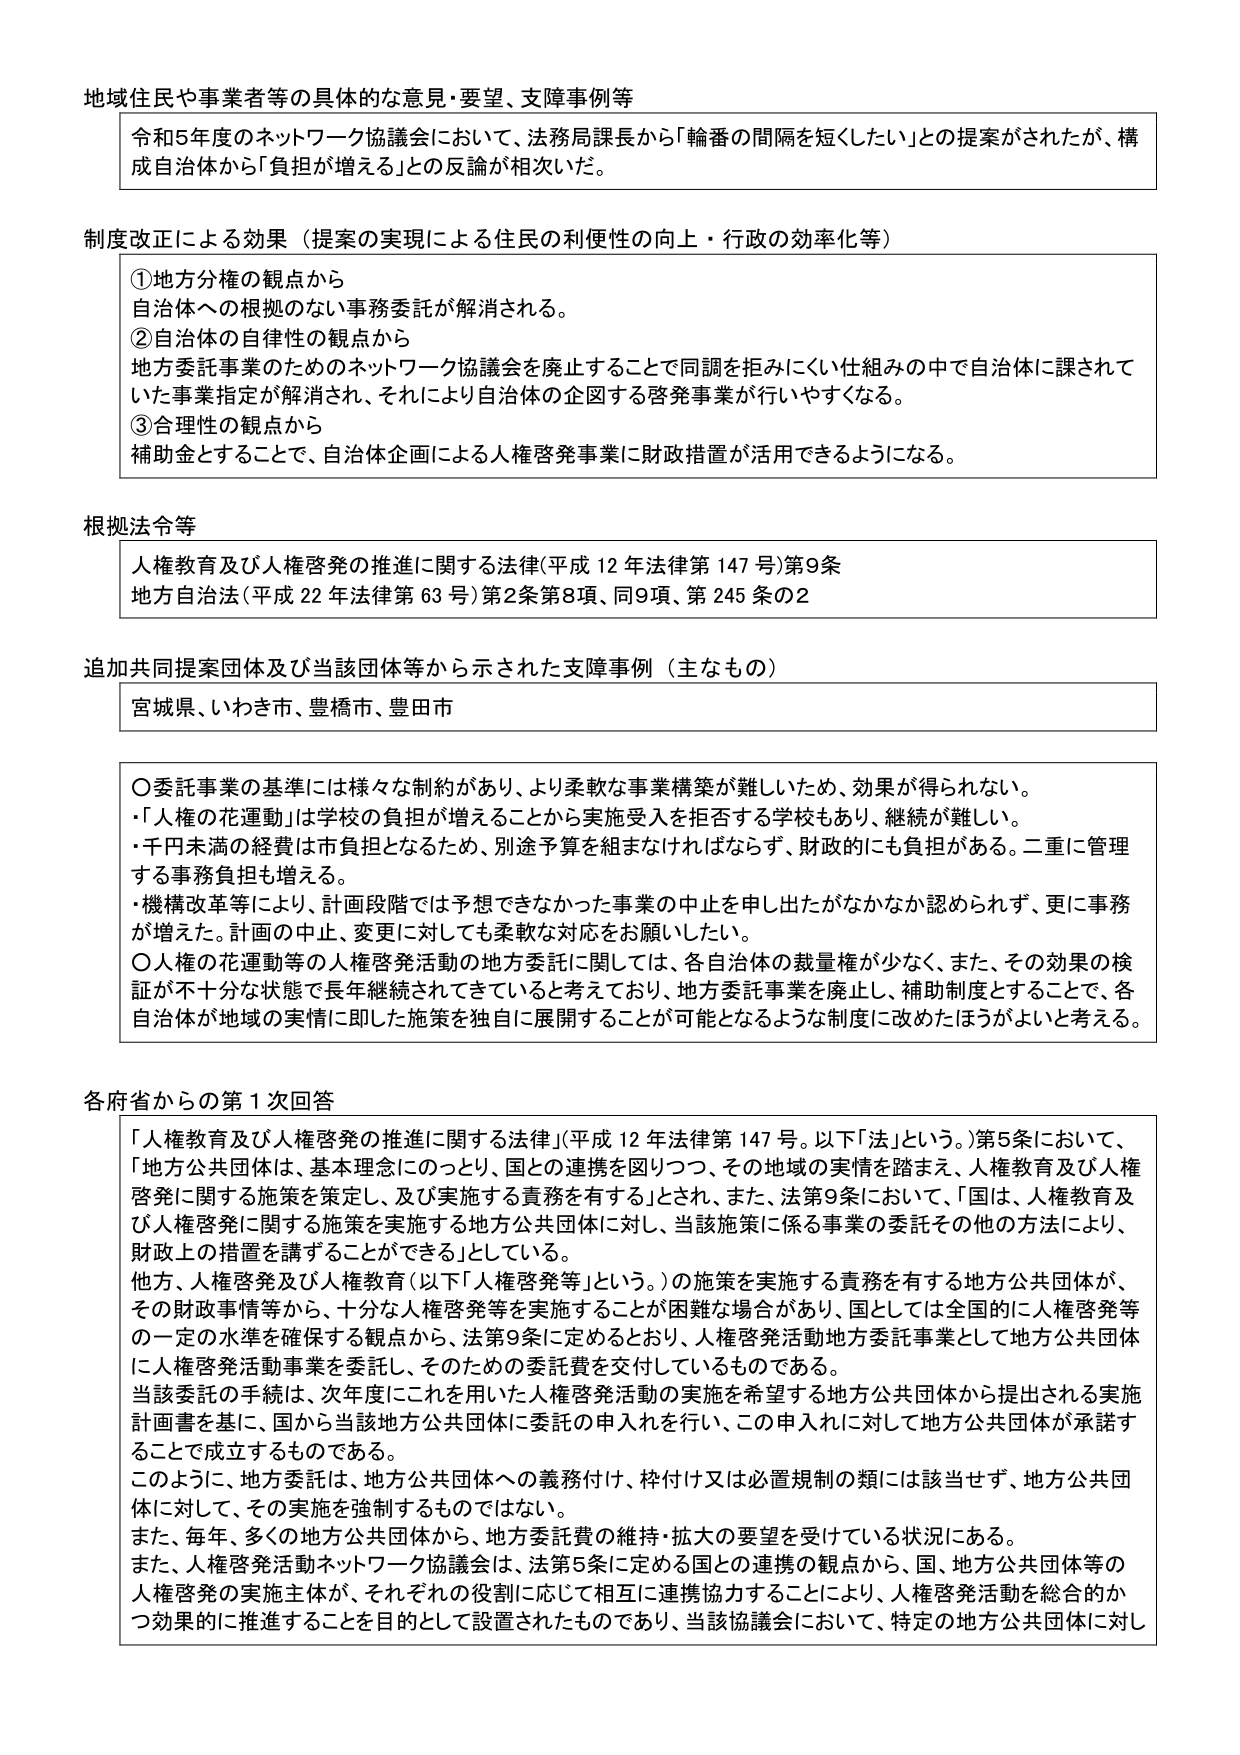
地域住民や事業者等の具体的な意見・要望、支障事例等
令和5年度のネットワーク協議会において、法務局課長から「輪番の間隔を短くしたい」との提案がされたが、構成自治体から「負担が増える」との反論が相次いだ。

制度改正による効果（提案の実現による住民の利便性の向上・行政の効率化等）
①地方分権の観点から
自治体への根拠のない事務委託が解消される。
②自治体の自律性の観点から
地方委託事業のためのネットワーク協議会を廃止することで同調を拒みにくい仕組みの中で自治体に課されていた事業指定が解消され、それにより自治体の企図する啓発事業が行いやすくなる。
③合理性の観点から
補助金とすることで、自治体企画による人権啓発事業に財政措置が活用できるようになる。

根拠法令等
人権教育及び人権啓発の推進に関する法律（平成12年法律第147号）第9条
地方自治法（平成22年法律第63号）第2条第8項、同9項、第245条の2

追加共同提案団体及び当該団体等から示された支障事例（主なもの）
宮城県、いわき市、豊橋市、豊田市

〇委託事業の基準には様々な制約があり、より柔軟な事業構築が難しいため、効果が得られない。
・「人権の花運動」は学校の負担が増えることから実施受入を拒否する学校もあり、継続が難しい。
・千円未満の経費は市負担となるため、別途予算を組まなければならず、財政的にも負担がある。二重に管理する事務負担も増える。
・機構改革等により、計画段階では予想できなかった事業の中止を申し出たがなかなか認められず、更に事務が増えた。計画の中止、変更に対しても柔軟な対応をお願いしたい。
〇人権の花運動等の人権啓発活動の地方委託に関しては、各自治体の裁量権が少なく、また、その効果の検証が不十分な状態で長年継続されてきていると考えており、地方委託事業を廃止し、補助制度とすることで、各自治体が地域の実情に即した施策を独自に展開することが可能となるような制度に改めたほうがよいと考える。

各府省からの第1次回答
「人権教育及び人権啓発の推進に関する法律」（平成12年法律第147号。以下「法」という。）第5条において、「地方公共団体は、基本理念にのっとり、国との連携を図りつつ、その地域の実情を踏まえ、人権教育及び人権啓発に関する施策を策定し、及び実施する責務を有する」とされ、また、法第9条において、「国は、人権教育及び人権啓発に関する施策を実施する地方公共団体に対し、当該施策に係る事業の委託その他の方法により、財政上の措置を講ずることができる」としている。
他方、人権啓発及び人権教育（以下「人権啓発等」という。）の施策を実施する責務を有する地方公共団体が、その財政事情等から、十分な人権啓発等を実施することが困難な場合があり、国としては全国的に人権啓発等の一定の水準を確保する観点から、法第9条に定めるところにより、人権啓発活動地方委託事業として地方公共団体に人権啓発活動事業を委託し、そのための委託費を交付しているものである。
当該委託の手続は、次年度にこれを用いた人権啓発活動の実施を希望する地方公共団体から提出される実施計画書を基に、国から当該地方公共団体に委託の申入れを行い、この申入れに対して地方公共団体が承諾することで成立するものである。
このように、地方委託は、地方公共団体への義務付け、枠付け又は必置規制の類には該当せず、地方公共団体に対して、その実施を強制するものではない。
また、毎年、多くの地方公共団体から、地方委託費の維持・拡大の要望を受けている状況にある。
また、人権啓発活動ネットワーク協議会は、法第5条に定める国との連携の観点から、国、地方公共団体等の人権啓発の実施主体が、それぞれの役割に応じて相互に連携協力することにより、人権啓発活動を総合的かつ効果的に推進することを目的として設置されたものであり、当該協議会において、特定の地方公共団体に対し